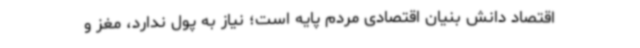
اقتصاد دانش بنیان اقتصادی مردم پایه است؛ نیاز به پول ندارد، مغز و